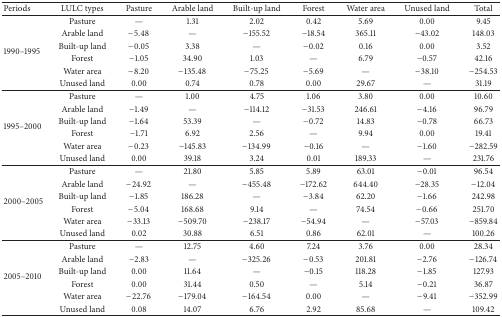
<table><thead><tr><td><b>Periods</b></td><td><b>LULC types</b></td><td><b>Pasture</b></td><td><b>Arable land</b></td><td><b>Built-up land</b></td><td><b>Forest</b></td><td><b>Water area</b></td><td><b>Unused land</b></td><td><b>Total</b></td></tr></thead><tbody><tr><td rowspan="6">1990–1995</td><td>Pasture</td><td>—</td><td>1.31</td><td>2.02</td><td>0.42</td><td>5.69</td><td>0.00</td><td>9.45</td></tr><tr><td>Arable land</td><td>−5.48</td><td>—</td><td>−155.52</td><td>−18.54</td><td>365.11</td><td>−43.02</td><td>148.03</td></tr><tr><td>Built-up land</td><td>−0.05</td><td>3.38</td><td>—</td><td>−0.02</td><td>0.16</td><td>0.00</td><td>3.52</td></tr><tr><td>Forest</td><td>−1.05</td><td>34.90</td><td>1.03</td><td>—</td><td>6.79</td><td>−0.57</td><td>42.16</td></tr><tr><td>Water area</td><td>−8.20</td><td>−135.48</td><td>−75.25</td><td>−5.69</td><td>—</td><td>−38.10</td><td>−254.53</td></tr><tr><td>Unused land</td><td>0.00</td><td>0.74</td><td>0.78</td><td>0.00</td><td>29.67</td><td>—</td><td>31.19</td></tr><tr><td rowspan="6">1995–2000</td><td>Pasture</td><td>—</td><td>1.00</td><td>4.75</td><td>1.06</td><td>3.80</td><td>0.00</td><td>10.60</td></tr><tr><td>Arable land</td><td>−1.49</td><td>—</td><td>−114.12</td><td>−31.53</td><td>246.61</td><td>−4.16</td><td>96.79</td></tr><tr><td>Built-up land</td><td>−1.64</td><td>53.39</td><td>—</td><td>−0.72</td><td>14.83</td><td>−0.78</td><td>66.73</td></tr><tr><td>Forest</td><td>−1.71</td><td>6.92</td><td>2.56</td><td>—</td><td>9.94</td><td>0.00</td><td>19.41</td></tr><tr><td>Water area</td><td>−0.23</td><td>−145.83</td><td>−134.99</td><td>−0.16</td><td>—</td><td>−1.60</td><td>−282.59</td></tr><tr><td>Unused land</td><td>0.00</td><td>39.18</td><td>3.24</td><td>0.01</td><td>189.33</td><td>—</td><td>231.76</td></tr><tr><td rowspan="6">2000–2005</td><td>Pasture</td><td>—</td><td>21.80</td><td>5.85</td><td>5.89</td><td>63.01</td><td>−0.01</td><td>96.54</td></tr><tr><td>Arable land</td><td>−24.92</td><td>—</td><td>−455.48</td><td>−172.62</td><td>644.40</td><td>−28.35</td><td>−12.04</td></tr><tr><td>Built-up land</td><td>−1.85</td><td>186.28</td><td>—</td><td>−3.84</td><td>62.20</td><td>−1.66</td><td>242.98</td></tr><tr><td>Forest</td><td>−5.04</td><td>168.68</td><td>9.14</td><td>—</td><td>74.54</td><td>−0.66</td><td>251.70</td></tr><tr><td>Water area</td><td>−33.13</td><td>−509.70</td><td>−238.17</td><td>−54.94</td><td>—</td><td>−57.03</td><td>−859.84</td></tr><tr><td>Unused land</td><td>0.02</td><td>30.88</td><td>6.51</td><td>0.86</td><td>62.01</td><td>—</td><td>100.26</td></tr><tr><td rowspan="6">2005–2010</td><td>Pasture</td><td>—</td><td>12.75</td><td>4.60</td><td>7.24</td><td>3.76</td><td>0.00</td><td>28.34</td></tr><tr><td>Arable land</td><td>−2.83</td><td>—</td><td>−325.26</td><td>−0.53</td><td>201.81</td><td>−2.76</td><td>−126.74</td></tr><tr><td>Built-up land</td><td>0.00</td><td>11.64</td><td>—</td><td>−0.15</td><td>118.28</td><td>−1.85</td><td>127.93</td></tr><tr><td>Forest</td><td>0.00</td><td>31.44</td><td>0.50</td><td>—</td><td>5.14</td><td>−0.21</td><td>36.87</td></tr><tr><td>Water area</td><td>−22.76</td><td>−179.04</td><td>−164.54</td><td>0.00</td><td>—</td><td>−9.41</td><td>−352.99</td></tr><tr><td>Unused land</td><td>0.08</td><td>14.07</td><td>6.76</td><td>2.92</td><td>85.68</td><td>—</td><td>109.42</td></tr></tbody></table>